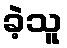
ခဲ့သူ